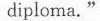
diploma."